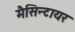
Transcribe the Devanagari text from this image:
मैसिन्टायर